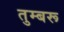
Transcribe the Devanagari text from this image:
तुम्बरू